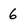
Character: 6